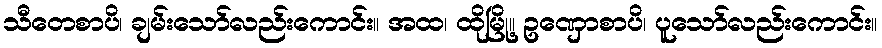
သီတေစာပိ၊ ချမ်းသော်လည်းကောင်း။ အထ၊ ထိုမြို့။ ဥဏှောစာပိ၊ ပူသော်လည်းကောင်း။